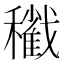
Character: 𥣩